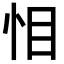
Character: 𭜜